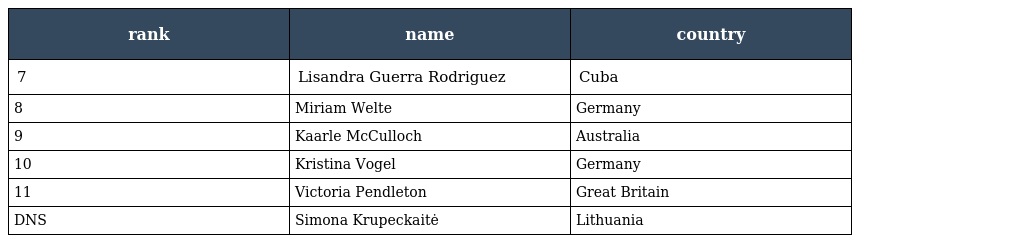
| rank | name | country |
 | --- | --- | --- |
 | 7 | Lisandra Guerra Rodriguez | Cuba |
 | 8 | Miriam Welte | Germany |
 | 9 | Kaarle McCulloch | Australia |
 | 10 | Kristina Vogel | Germany |
 | 11 | Victoria Pendleton | Great Britain |
 | DNS | Simona Krupeckaitė | Lithuania |